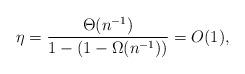
LaTeX: \begin{align*}\eta = \frac{\Theta(n^{-1})}{1-\left(1-\Omega(n^{-1}) \right)} = O(1),\end{align*}